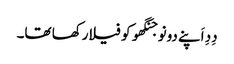
دِدِ اَپنے دونو جنگھو کو فیلا رکھا تھا۔